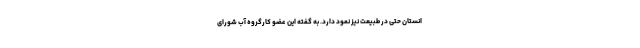
انستان حتی در طبیعت نیز نمود دارد. به گفته این عضو کارگروه آب شورای